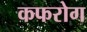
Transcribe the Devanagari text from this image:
कफरोग